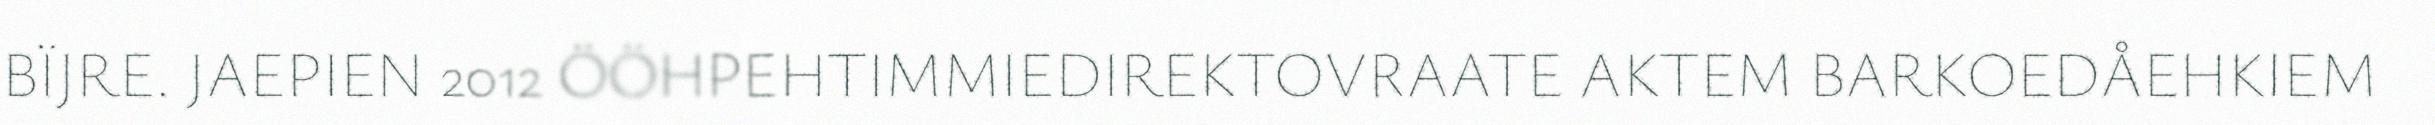
BÏJRE. JAEPIEN 2012 ÖÖHPEHTIMMIEDIREKTOVRAATE AKTEM BARKOEDÅEHKIEM